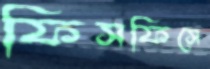
ফিসফিসে